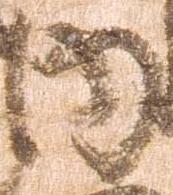
内